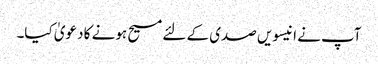
آپ نے انیسویں صدی کے لئے مسیح ہونے کا دعویٰ کیا۔